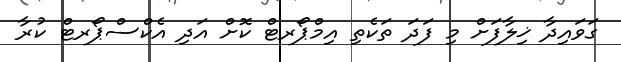
ގަވައިދާ ޚިލާފަށް މި ފަދަ ތަކެތި އިމްޕޯރޓް ކޮށް އަދި އެކްސްޕޯރޓް ކުރާ